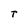
Character: T